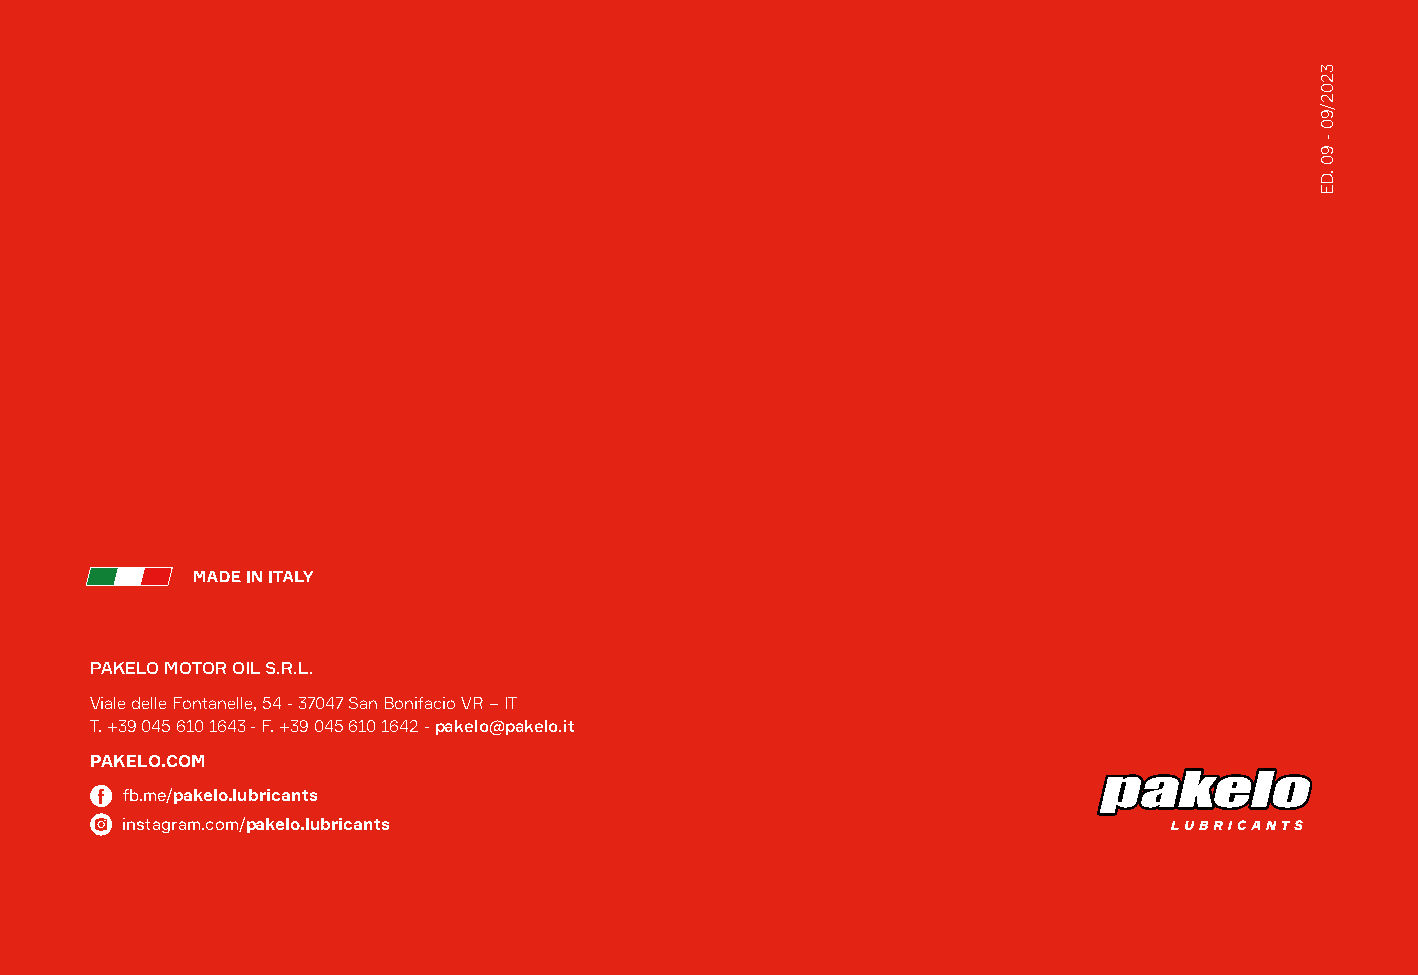
PAKELO MOTOR OIL S.R.L.
 Viale delle Fontanelle, 54 - 37047 San Bonifacio VR – IT
 T. +39 045 610 1643 - F. +39 045 610 1642 - pakelo@pakelo.it
 PAKELO.COM
 fb.me/pakelo.lubricants
 instagram.com/pakelo.lubricants
 3202/90
 -
 90
 .DE